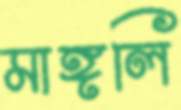
মাঙ্গলি